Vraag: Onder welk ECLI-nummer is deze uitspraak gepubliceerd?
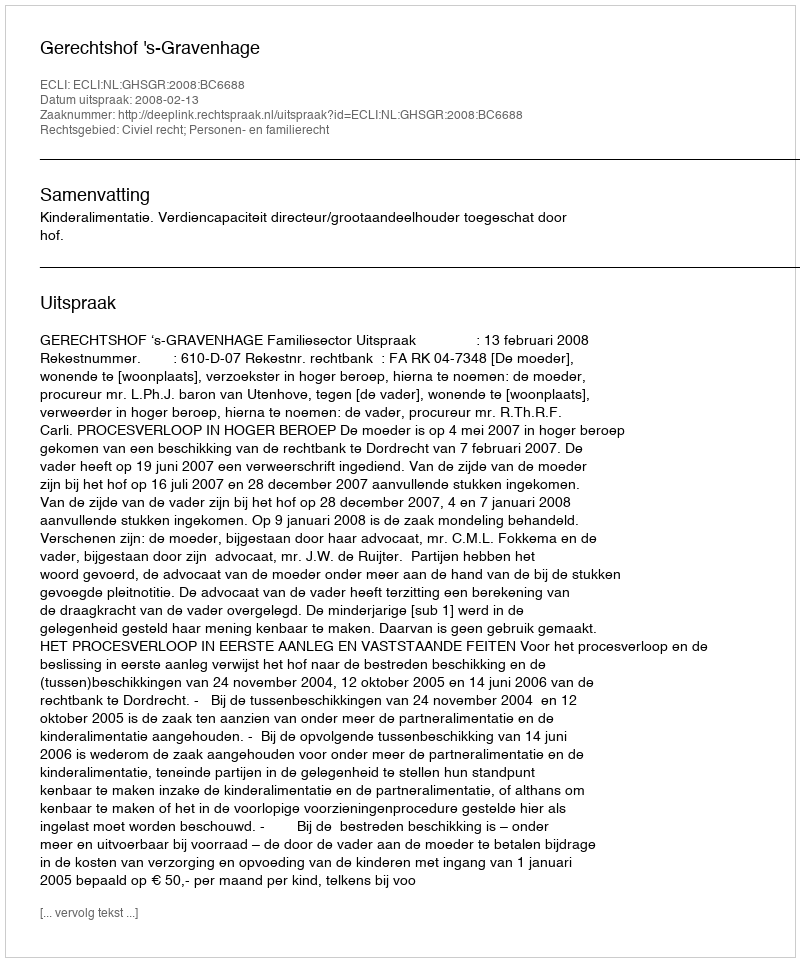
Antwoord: ECLI:NL:GHSGR:2008:BC6688